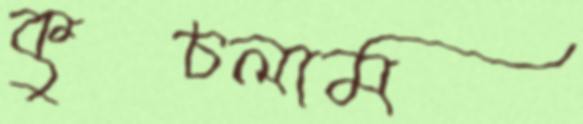
কুচলাম